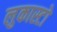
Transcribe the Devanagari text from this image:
लुकास्टो